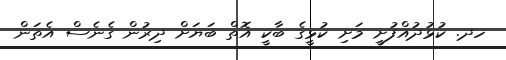
ހދ. ކުޅުދުއްފުށީ މަށި ކުޅީގެ ބާކީ އޮތް ބަޔަށް ދިރުން ގެނެސް އެތަން